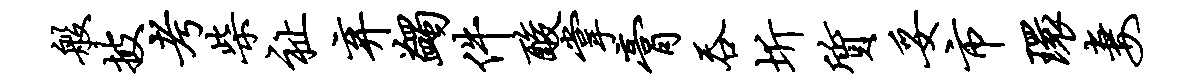
般披考柴祉弃蠲件酸掌膏吞圻质妥市环妻